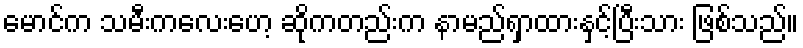
မောင်က သမီးကလေးဟေ့ ဆိုကတည်းက နာမည်ရှာထားနှင့်ပြီးသား ဖြစ်သည်။